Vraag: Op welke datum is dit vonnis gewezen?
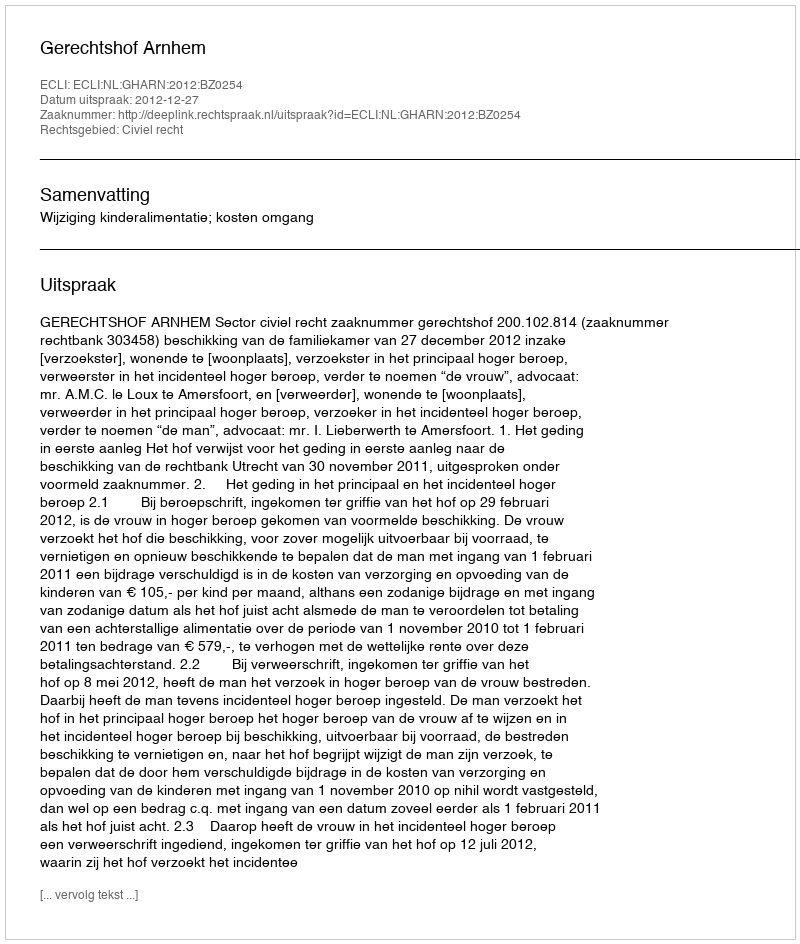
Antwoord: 2012-12-27